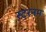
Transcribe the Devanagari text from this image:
स्टरनम